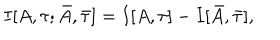
I [ A , \tau ; \bar { A } , \bar { \tau } ] = I [ A , \tau ] - I [ \bar { A } , \bar { \tau } ] ,